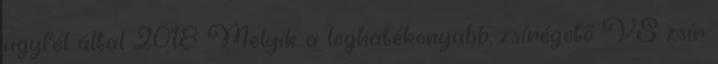
ügyfél által 2018 Melyik a leghatékonyabb, zsírégető VS zsír